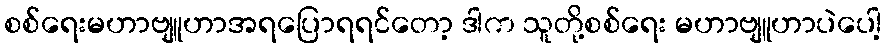
စစ်ရေးမဟာဗျူဟာအရပြောရရင်တော့ ဒါက သူတို့စစ်ရေး မဟာဗျူဟာပဲပေါ့